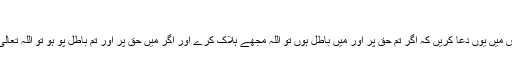
[1]
دو مد مقابل افراد آپس میں یوں دعا کریں کہ اگر تم حق پر اور میں باطل ہوں تو اللہ مجھے ہلاک کرے اور اگر میں حق پر اور تم باطل پو ہو تو اللہ تعالی تجھے ہلاک کرے۔